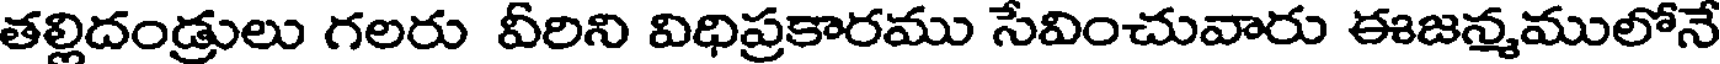
తల్లిదండ్రులు గలరు వీరిని విధిప్రకారము సేవించువారు ఈజన్మములోనే